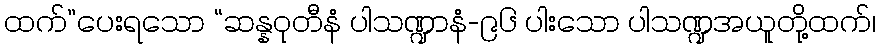
ထက်”ပေးရသော “ဆန္နဝုတီနံ ပါသဏ္ဍာနံ-၉၆ ပါးသော ပါသဏ္ဍအယူတို့ထက်၊